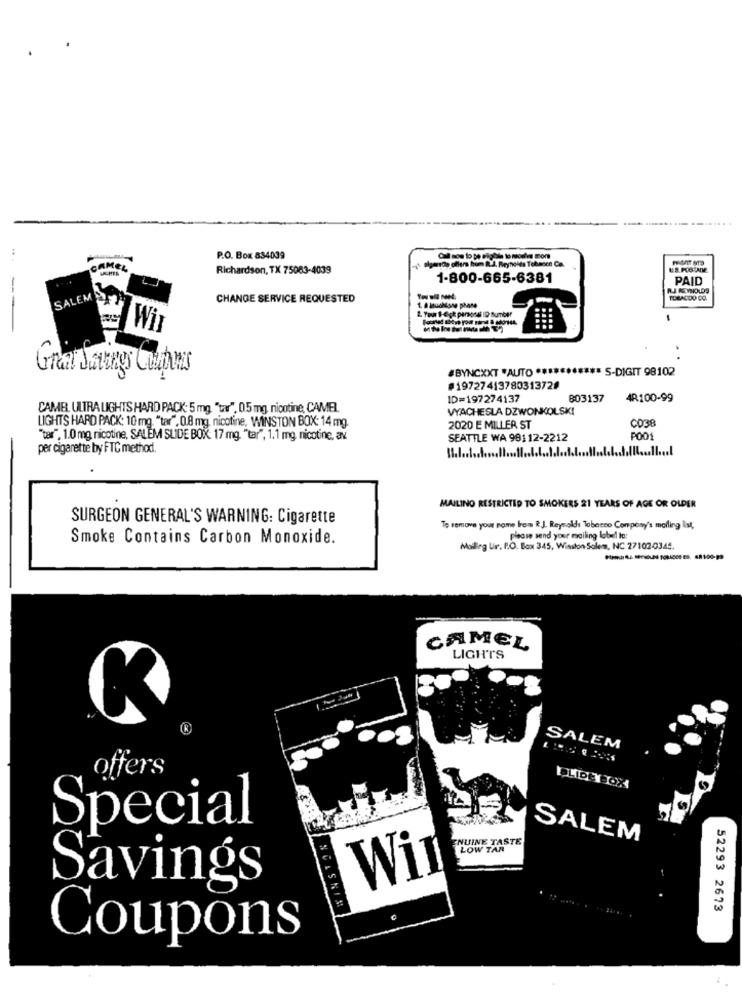
P.O. Box 834039
yards offers hum R.J. Reynolds Tohence Ca.
CAMEL
Richardson, TX 75083-4039
1-800-665-6381
PAID
SALEM S
CHANGE SERVICE REQUESTED
IDEACOO CO.
1. & MtuaNisse phane
Gran Sonny's Cultures
#BYNCXXT *AUTO ****
* S-DIGIT 98102
#19727413780313728
ID=197274137
803137
4R100-99
CAMEL ULTRA LIGHTS HARD PACK: 5 mg. "tar", 0.5 mg, nicotine, CAMEL
VYACHESLA DZWONKOLSK!
LIGHTS HARD PACK: 10 mg, "tar", 0.8 mg, nicotine, WINSTON BOX: 14 mg.
2020 E MILLER ST
CO38
"tar", 1.0 mg nicotine, SALEM SLIDE BOX: 17 mg. "tar", 1,1 mg, nicotine, av
SEATTLE WA 98112-2212
POO1
per cigarette by FTC method.
11 ....
MAILING RESTRICTED TO SMOKERS 21 YEARS OF AGE OR OLDER
SURGEON GENERAL'S WARNING: Cigarette
To remove your name from R.J. Reynolds Tobacco Company's mailing list,
Smoke Contains Carbon Monoxide.
please send your mailing lobel to:
Mailing Ur. P.O. Box 345, Winston Salem, NC 27102-0345.
CAMEL
LIGHTS
SALEM
offers
PLIDETOX
Special
ENUINE TASTE
SALEM
LOW TAR
Wi
Savings
52293 2673
Coupons